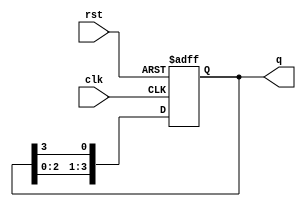
module ring_counter #(parameter N = 4) (
    input wire clk,          // Clock input
    input wire rst,          // Asynchronous reset
    output reg [N-1:0] q     // Output state of the ring counter
);

    // Initializing the counter
    always @(posedge clk or posedge rst) begin
        if (rst) begin
            q <= 1'b1;        // Set initial state to 100...0
        end else begin
            // Shift '1' to the next flip-flop
            q <= {q[N-2:0], q[N-1]}; // Shift left and wrap around
        end
    end

endmodule